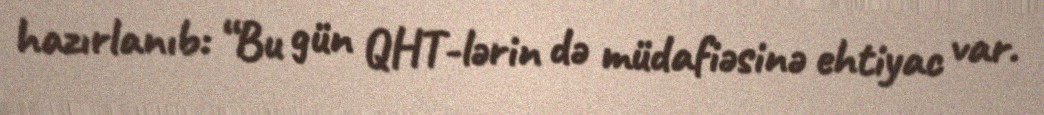
hazırlanıb: “Bu gün QHT-lərin də müdafiəsinə ehtiyac var.